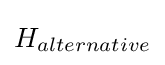
H_{alternative}